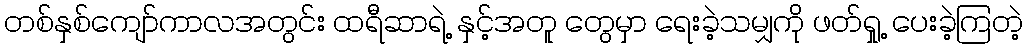
တစ်နှစ်ကျော်ကာလအတွင်း ထရီဆာရဲ့ နှင့်အတူ တွေမှာ ရေးခဲ့သမျှကို ဖတ်ရှု့ ပေးခဲ့ကြတဲ့